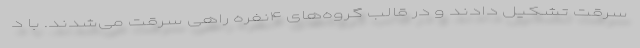
سرقت تشکیل دادند و در قالب گروه‌های ۴نفره راهی سرقت می‌شدند. با د